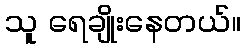
သူ ရေချိုးနေတယ်။